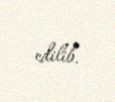
edilib.